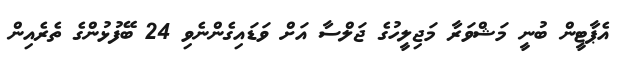
އެޕާޓީން ބުނީ މަޝްވަރާ މަޖިލީހުގެ ޖަލްސާ އަށް ވަޑައިގެންނެވި 24 ބޭފުޅުންގެ ތެރެއިން